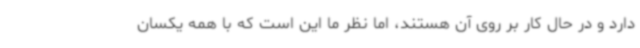
دارد و در حال کار بر روی آن هستند، اما نظر ما این است که با همه یکسان